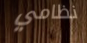
نظامي